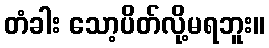
တံခါး သော့ပိတ်လို့မရဘူး။